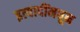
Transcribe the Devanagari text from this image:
इत्यादींमधून